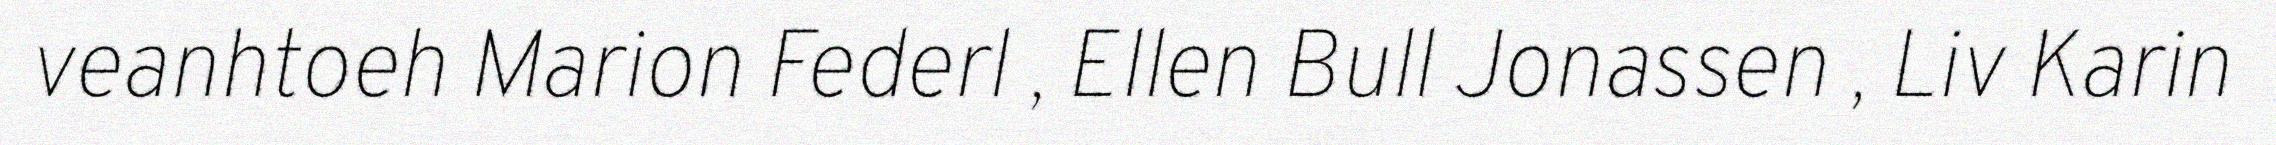
veanhtoeh Marion Federl , Ellen Bull Jonassen , Liv Karin